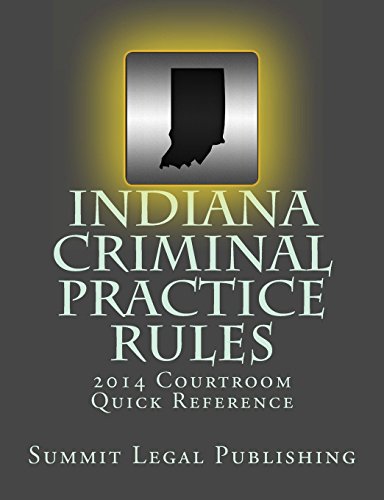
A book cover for Indiana Criminal Practice Rules Courtroom Quick Reference: 2014; Summit Legal Publishing; Law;